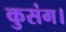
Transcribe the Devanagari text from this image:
कुसंग।